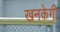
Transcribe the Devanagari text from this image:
खनकेगी